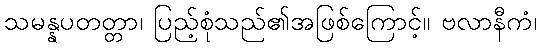
သမန္နပတတ္တာ၊ ပြည့်စုံသည်၏အဖြစ်ကြောင့်။ ဗလာနီကံ၊